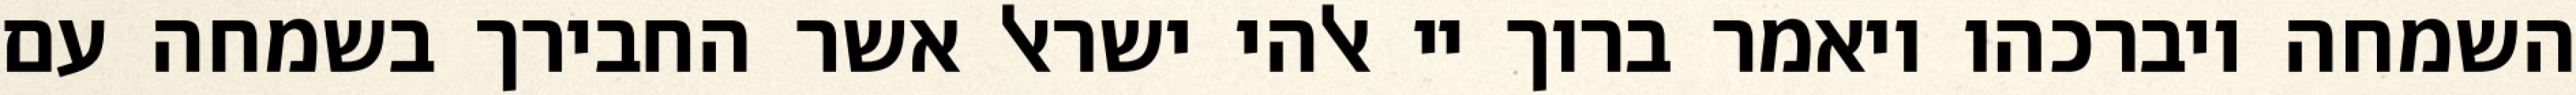
השמחה ויברכהו ויאמר ברוך יי אלהי ישראל אשר החבירך בשמחה עם